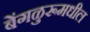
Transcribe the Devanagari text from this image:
बेंगळुरूमधील